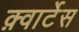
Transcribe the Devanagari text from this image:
क़्वार्टेस